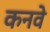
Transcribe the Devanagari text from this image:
कनवे